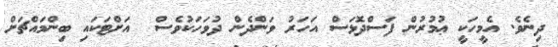
ދިނެވެ. އެމީހަކީ ޢުމުރުން ފަސްދޮޅަސް އަހަރު ވަންދެން ދުވަހަކުވެސް  އަށްޓަކައި ބިންމައްޗަށް